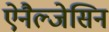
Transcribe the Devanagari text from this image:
ऐनैल्जेसिन